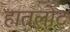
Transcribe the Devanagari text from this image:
हातलोट